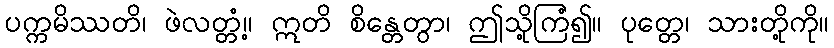
ပက္ကမိဿတိ၊ ဖဲလတ္တံ့။ ဣတိ စိန္တေတွာ၊ ဤသို့ကြံ၍။ ပုတ္တေ၊ သားတို့ကို။